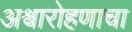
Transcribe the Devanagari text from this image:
अश्वारोहणाचा